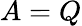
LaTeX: A=Q